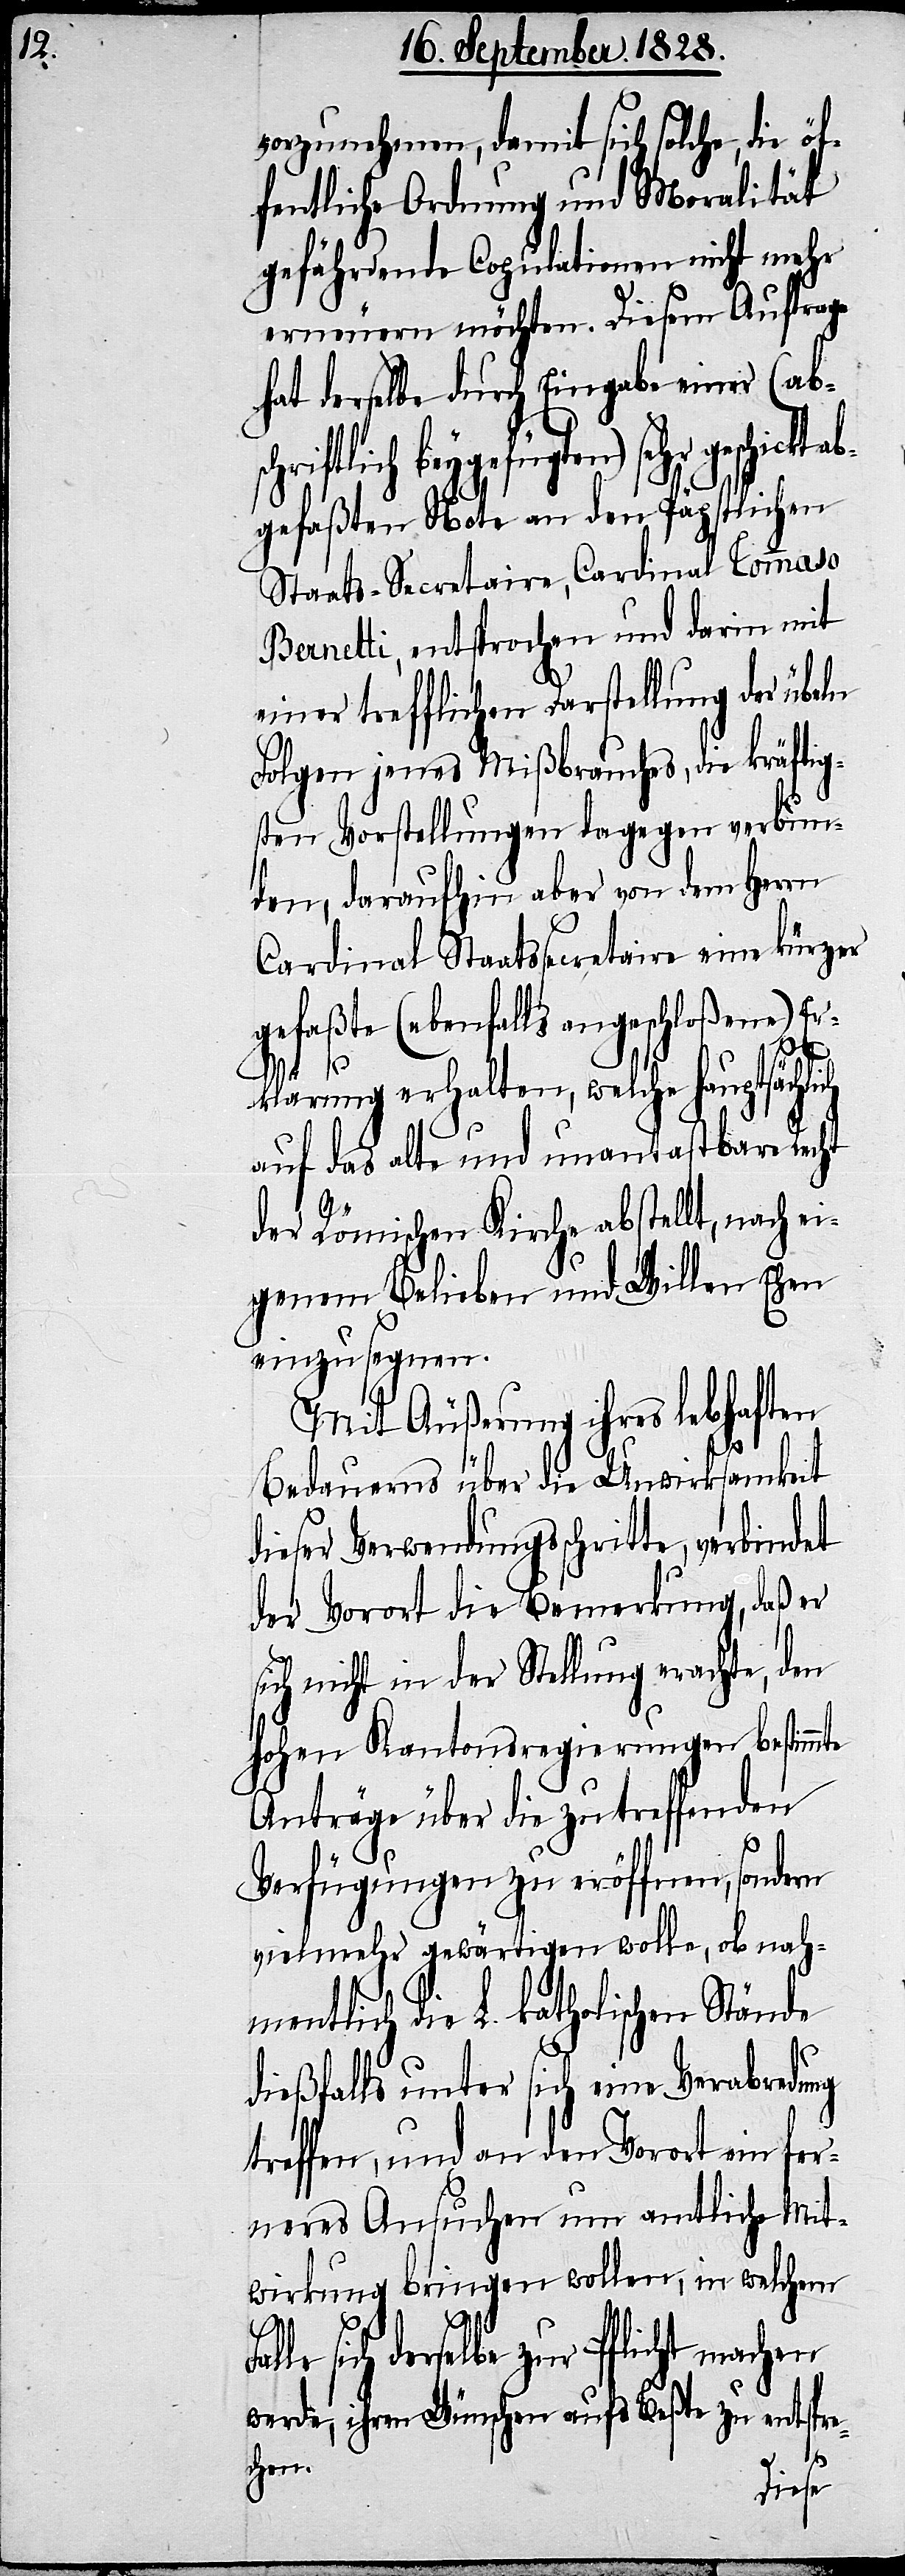
vorzunehmen, damit sich solche, die öf¬
fentliche Ordnung und Moralität
gefährdenden Copulationen nicht mehr
erneuern möchten. Diesem Auftrage
hat derselbe durch Eingabe einer (abs¬
chriftlich beygefügten) sehr ge¬
gefaßten Note an den Päpstlichen
Staats-Secretaire, Cardinal Tommaso
Bernetti, entsprochen und darin mit
einer trefflichen Darstellung der übeln
Folgen jenes Mißbrauchs, die kräftig¬
sten Vorstellungen dagegen verbun¬
den, daraufhin aber von dem Herrn
Cardinal Staatssecretaire eine kürzer
gefaßte (ebenfalls angeschloßene) Er¬
ckt ab¬
klärung erhalten, welche hauptsächli¬
auf das alte und unantastbare Recht
der Römischen Kirche abstellt, nach ei¬
genem Belieben und Willen Ehen
einzusegnen.
Mit Äußerung ihres lebhaften
Bedauerns über die Unwirksamkeit
dieser Verwendungsschritte, verbindet
der Vorort die Bemerkung, daß er
sich nicht in der Stellung erachte, den
hohen Kantonsregierungen bestimmte
Anträge über die zutreffenden
Verfügungen zu eröffnen, sondern
vielmehr gewärtigen wolle, ob nah¬
mentlich die L. katholischen Stände
dießfalls unter sich eine Verabredung
treffen, und an den Vorort ein fer¬
neres Ansuchen um amtliche Mit¬
wirkung bringen wollen, in welchem
ch
sich derselbe zur Pflicht machen
werde, ihren Wünschen aufs Beßte zu entspre¬
chen.